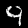
Digit: 9